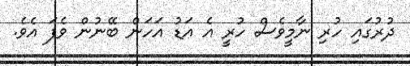
ދުރުގައި ހުރި ނާމީވެސް ހުރީ އެ އަޑު އަހަން ބޭނުން ވެފަ އެވެ.